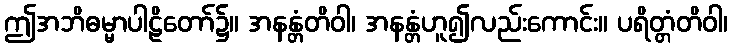
ဤအဘိဓမ္မာပါဠိတော်၌။ အနန္တံတိဝါ၊ အနန္တံဟူ၍လည်းကောင်း။ ပရိတ္တံတိဝါ၊